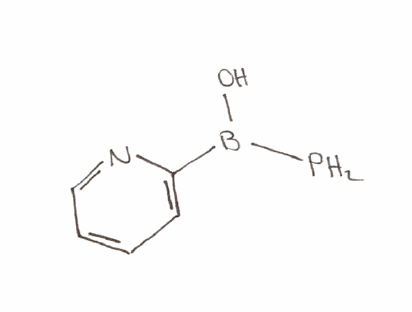
Simplified molecular-input line-entry system (SMILES) notation of the given molecule:
B(C1=CC=CC=N1)(O)P